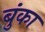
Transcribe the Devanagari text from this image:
बुंका